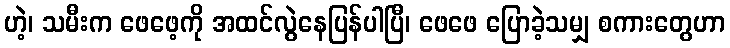
ဟဲ့၊ သမီးက ဖေဖေ့ကို အထင်လွဲနေပြန်ပါပြီ၊ ဖေဖေ ပြောခဲ့သမျှ စကားတွေဟာ